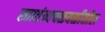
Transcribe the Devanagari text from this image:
स्वातंत्र्यचळवळीतील